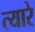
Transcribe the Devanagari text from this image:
त्यारे